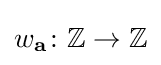
w_{\bf {a}}\colon \mathbb {Z} \to \mathbb {Z}